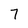
Character: 7